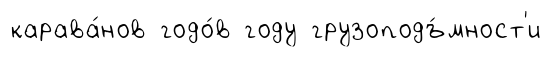
карава́нов годо́в году грузоподъ́мност'и